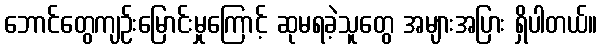
ဘောင်တွေကျဉ်းမြောင်းမှုကြောင့် ဆုမရခဲ့သူတွေ အများအပြား ရှိပါတယ်။